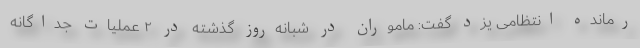
رمانده انتظامی یزد گفت: ماموران در شبانه‌روز گذشته در ۲ عملیات جداگانه